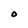
Character: O